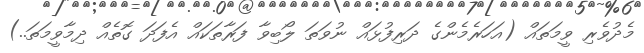
މެދުވެރި ވީމަތައް (އަހަރެމެންގެ ދަރިފުޅައް ނުވަތަ ލޯބިވާ ފަރާތަކައް އެފަދަ ގޮތެއް ދިމާވީމަތަ..)